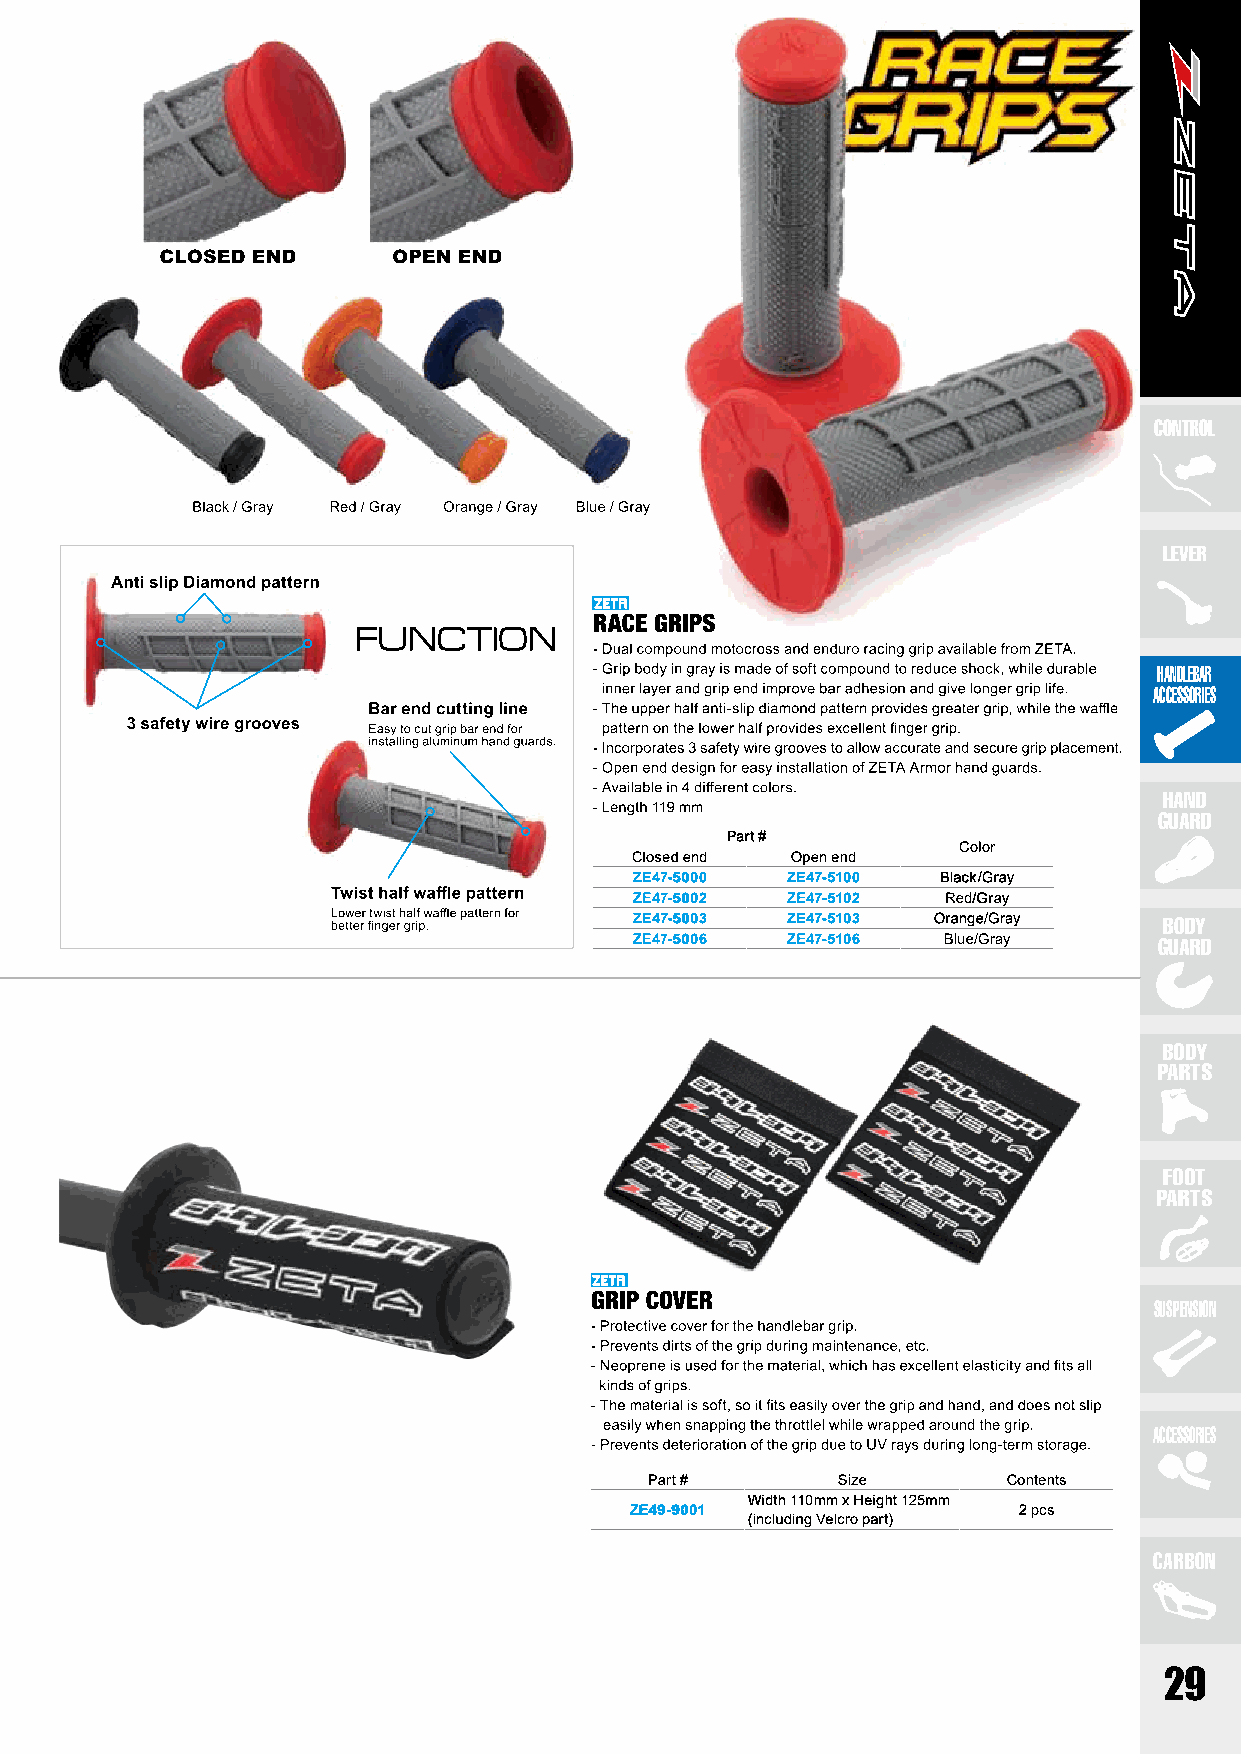
CONTROL
 LEVER
 HANDLEBAR
 ACCESSORIES
 HAND
 GUARD
 Part #
 Color
 Closed end Open end
 ZE47-5000 ZE47-5100 Black/Gray
 ZE47-5002 ZE47-5102  Red/Gray
 ZE47-5003 ZE47-5103 Orange/Gray    BODY
 ZE47-5006 ZE47-5106 Blue/Gray      GUARD
 BODY
 PARTS
 FOOT
 PARTS
 SUSPENSION
 ACCESSORIES
 Part #      Size        Contents
 Width 110mm x Height 125mm
 ZE49-9001                2 pcs
 (including Velcro part)
 CARBON
 29